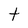
Character: t